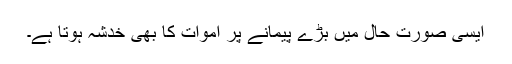
ایسی صورت حال میں بڑے پیمانے پر اموات کا بھی خدشہ ہوتا ہے۔